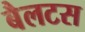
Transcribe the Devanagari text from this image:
बैलटस